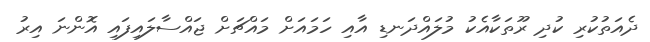
ދެއަތުކުރި ކުދި ރޫތަކާއެކު މުލައްދަނޑި އާއި ހަމައަށް މައްޗަށް ޖައްސާލައިފައި އޮންނަ އިރު